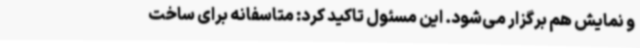
و نمایش هم برگزار می‌شود. این مسئول تاکید کرد: متاسفانه برای ساخت